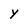
Character: y